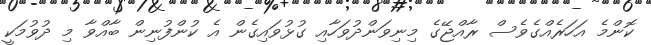
ކޮންމެ އަހަރެއްގެވެސް ރާއްޖޭގެ މިނިވަންދުވަހާއި ގުޅުވައިގެން އެ ކުންފުނިން ބާއްވާ މި ދުވުމަކީ